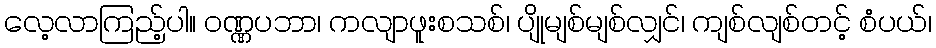
လေ့လာကြည့်ပါ။ ဝဏ္ဏပဘာ၊ ကလျာဖူးစသစ်၊ ပျိုမျစ်မျစ်လျှင်၊ ကျစ်လျစ်တင့် စံပယ်၊